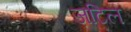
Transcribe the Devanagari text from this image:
ज़टिल